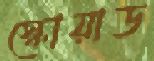
স্কোয়াড